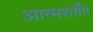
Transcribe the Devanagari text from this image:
आत्मशांति